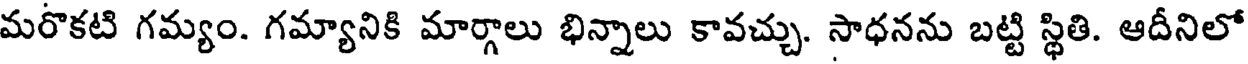
మరొకటి గమ్యం. గమ్యానికి మార్గాలు భిన్నాలు కావచ్చు. సాధనను బట్టి స్థితి. ఆదీనిలో